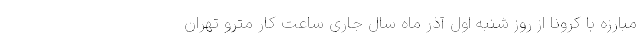
مبارزه با کرونا از روز شنبه اول آذر ماه سال جاری ساعت کار مترو تهران